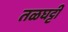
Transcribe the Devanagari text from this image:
तळघट्टी